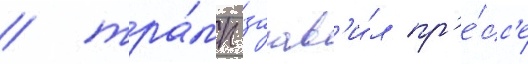
/ тра́мп заав'и́л пр'е́сс'е